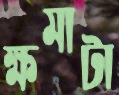
ক্ষমাটা